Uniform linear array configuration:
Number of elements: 4
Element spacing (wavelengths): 0.75
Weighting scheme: cosine
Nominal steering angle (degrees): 60
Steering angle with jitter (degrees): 60.464
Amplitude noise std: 0.05
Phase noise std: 0.05

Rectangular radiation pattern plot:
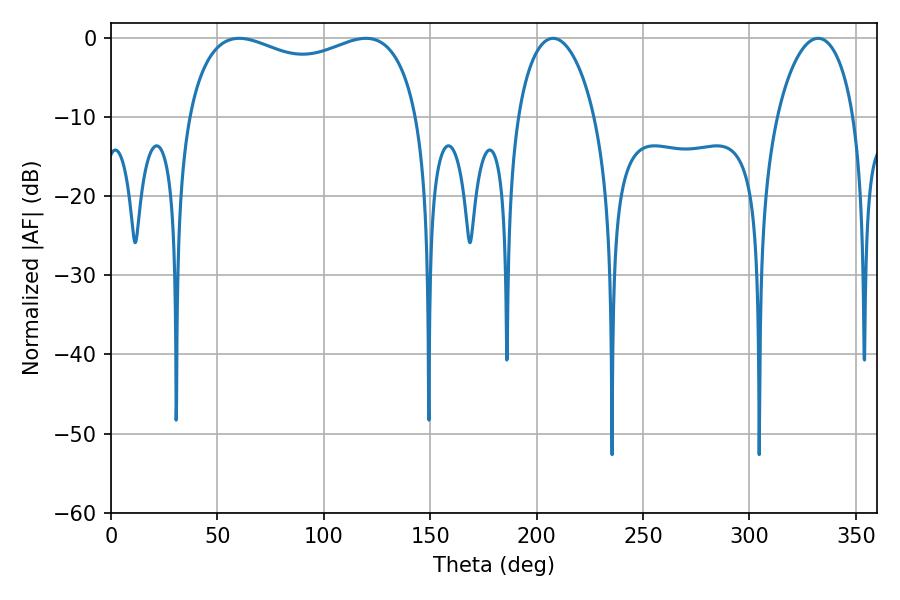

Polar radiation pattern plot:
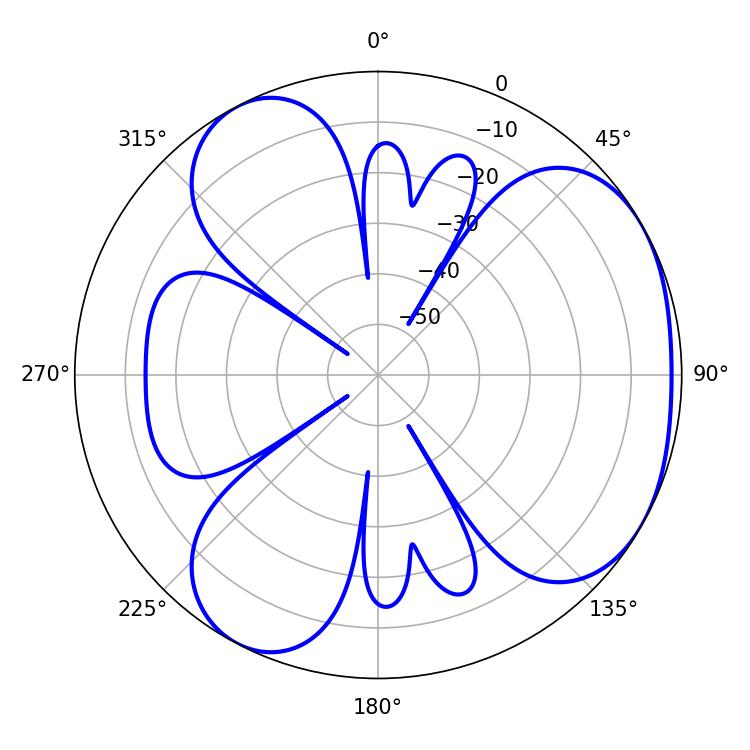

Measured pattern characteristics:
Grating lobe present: TRUE
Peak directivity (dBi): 3.949
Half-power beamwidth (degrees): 20.7
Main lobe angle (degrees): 207.72